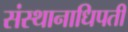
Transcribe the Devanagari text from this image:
संस्थानाधिपती